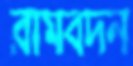
রামবদন